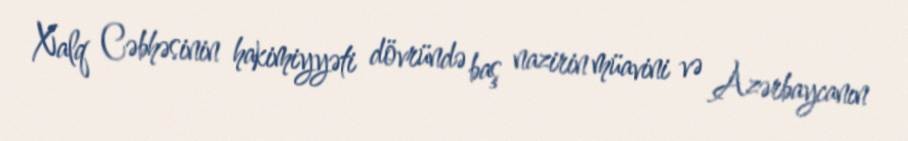
Xalq Cəbhəsinin hakimiyyəti dövründə baş nazirin müavini və Azərbaycanın